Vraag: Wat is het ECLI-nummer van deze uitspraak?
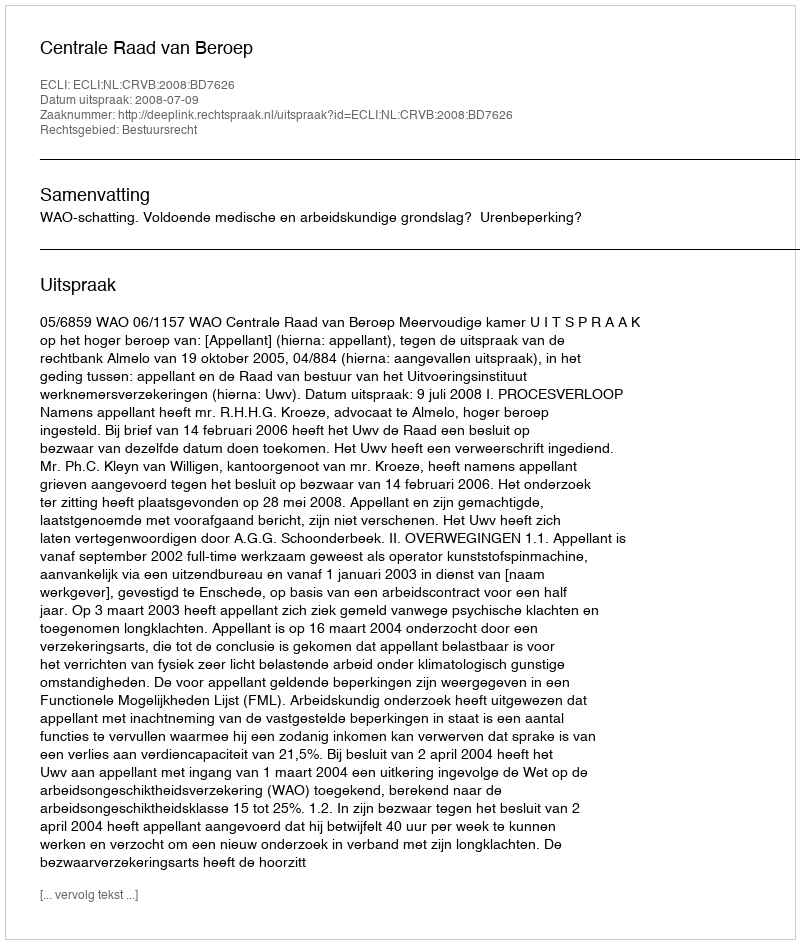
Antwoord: ECLI:NL:CRVB:2008:BD7626